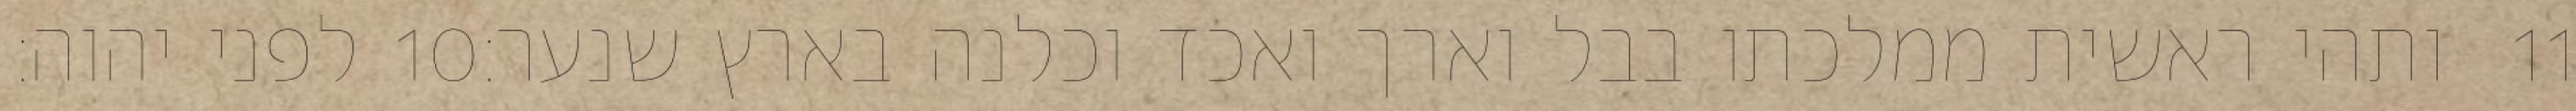
לפני יהוה׃ ‎10‏ ותהי ראשית ממלכתו בבל וארך ואכד וכלנה בארץ שנער׃ ‎11‏